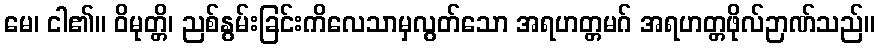
မေ၊ ငါ၏။ ဝိမုတ္တိ၊ ညစ်နွမ်းခြင်းကိလေသာမှလွတ်သော အရဟတ္တမဂ် အရဟတ္တဖိုလ်ဉာဏ်သည်။